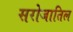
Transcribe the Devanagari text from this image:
सरोजातिल